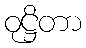
ဝုဋ္ဌိတာ